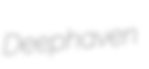
Deephaven